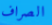
الصراف